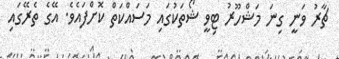
ޗާރު ވަނީ ގިނަ މަޝްހޫރު ޓިވީ ޝޯތަކުގައި މަސައްކަތް ކޮށްފައެވެ. އޭގެ ތެރޭގައި